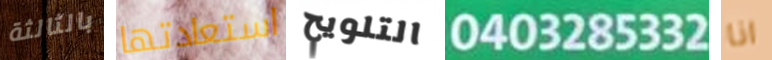
بالثالثة استعادتها التلويح 0403285332 انا